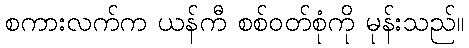
စကားလက်က ယန်ကီ စစ်ဝတ်စုံကို မုန်းသည်။